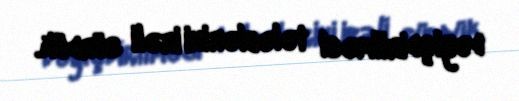
dəyişdirilməsi tələblərini irəli sürdük.